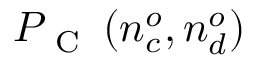
P _ { \mathrm { ~ C ~ } } \left( n _ { c } ^ { o } , n _ { d } ^ { o } \right)